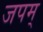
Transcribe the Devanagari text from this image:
जपम्